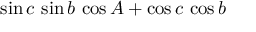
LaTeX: \sin c \, \sin b \, \cos A + \cos c \, \cos b